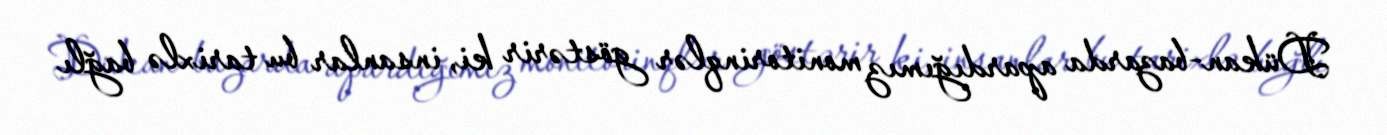
Dükan-bazarda apardığımız monitorinqlər göstərir ki, insanlar bu tarixlə bağlı